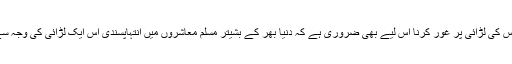
افغانستان اور روس کی لڑائی پر غور کرنا اس لیے بھی ضروری ہے کہ دنیا بھر کے بشیتر مسلم معاشروں میں انتہاپسندی اس ایک لڑائی کی وجہ سے ہی فروغ پائی۔